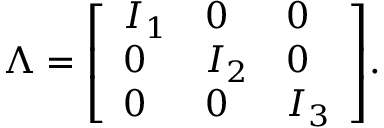
{ \boldsymbol { \Lambda } } = { \left[ \begin{array} { l l l } { I _ { 1 } } & { 0 } & { 0 } \\ { 0 } & { I _ { 2 } } & { 0 } \\ { 0 } & { 0 } & { I _ { 3 } } \end{array} \right] } .